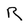
Character: R